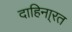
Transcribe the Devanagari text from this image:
दाहिना्रत